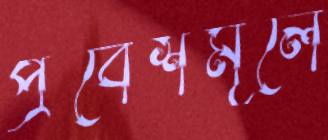
প্রবেশমূলে